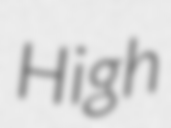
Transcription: High